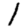
Digit: 1